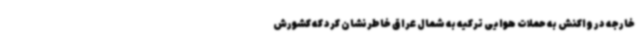
خارجه در واکنش به حملات هوایی ترکیه به شمال عراق خاطرنشان کرد که کشورش